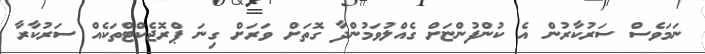
ނަމަވެސް ސަރުކާރުން އެ ކުންފުންޏަށް ގެއްލުވަމުންދާ ގޮތަށް ވަރަށް ގިނަ ޕްރޮޖެކްޓްތަކެއް ސަރުކާރާ